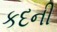
કદની